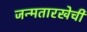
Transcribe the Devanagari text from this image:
जन्मतारखेची